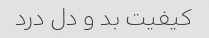
کیفیت بد و دل درد